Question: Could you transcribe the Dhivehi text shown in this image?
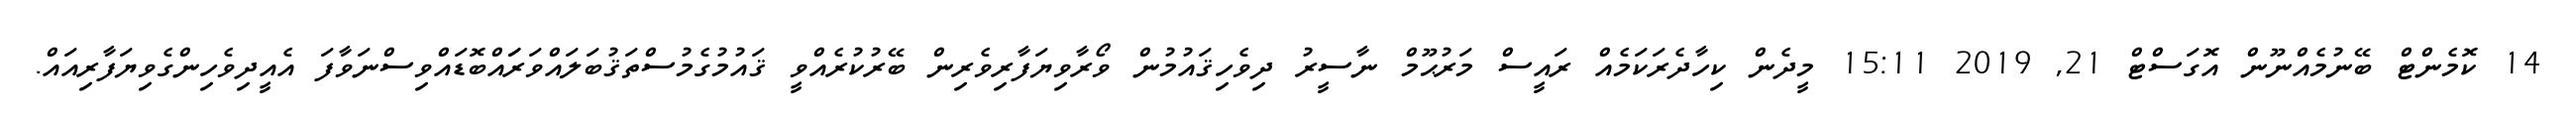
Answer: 14 ކޮމެންޓް ބޭނުމެއްނޫން އޮގަސްޓް 21, 2019 15:11 މީދެން ކިހާދެރަކަމެއް ރައީސް މަރުޙޫމް ނާސީރު ދިވެހިޤައުމުން ވޯރާވިޔަފާރިވެރިން ބޭރުކުރެއްވީ ޤައުމުގެމުސްތަޤުބަލައްވަރަައްބޮޑައްވިސްނަވާފަ އެއީދިވެހިންގެވިޔަފާރިއައް.